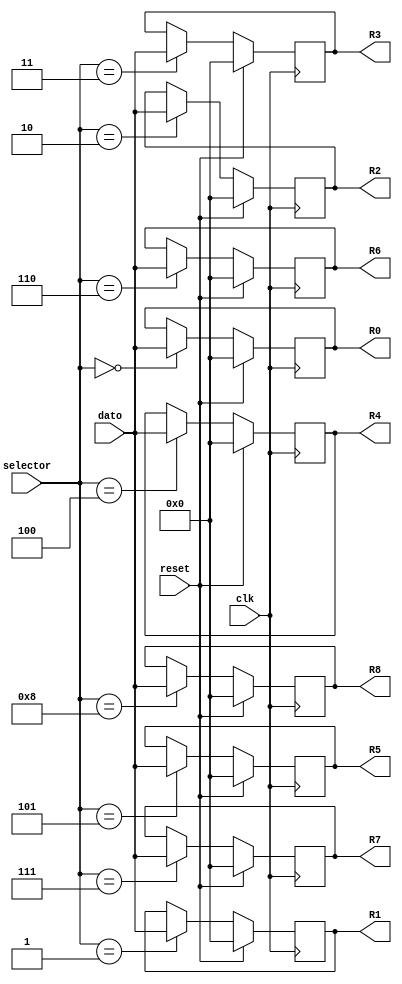
`timescale 1ns / 1ps
//////////////////////////////////////////////////////////////////////////////////
// Company: 
// Engineer: 
// 
// Design Name: 
// Module Name:    DeMux 
// Project Name: 
// Target Devices: 
// Tool versions: 
// Description: 
//
// Dependencies: 
//
// Revision: 
// Revision 0.01 - File Created
// Additional Comments: 
//
//////////////////////////////////////////////////////////////////////////////////
module DeMux(input clk,reset,
input [7:0] dato, // dato de entrada
input [3:0] selector, // selector de entrada
output reg [7:0] R0,R1,R2,R3,R4,R5,R6,R7,R8 // datos de salida
    );




always @ (posedge clk) // en cada flanco positivo de reloj
if (reset)
begin // inicializa todas los registros en en 8'd0 si hay una seal de reset
R0 <= 8'd0;
R1 <= 8'd0;
R2 <= 8'd0;
R3 <= 8'd0;
R4 <= 8'd0;
R5 <= 8'd0;
R6 <= 8'd0;
R7 <= 8'd0;
R8 <= 8'd0;
end
else
      case (selector)
         4'b0000: R0 <= dato; //segundos_reloj
         4'b0001: R1 <= dato; //minutos_reloj
         4'b0010: R2 <= dato; //hora_reloj
         4'b0011: R3 <= dato; //das_fecha
         4'b0100: R4 <= dato; //meses_fecha
         4'b0101: R5 <= dato; //ao_fecha
         4'b0110: R6 <= dato; // segundos timer
         4'b0111: R7 <= dato; // minutos timer
			4'b1000: R8 <= dato; // horas timer
      endcase
endmodule